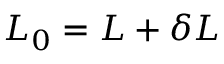
{ \cal L } _ { 0 } = { \cal L } + \delta { \cal L }